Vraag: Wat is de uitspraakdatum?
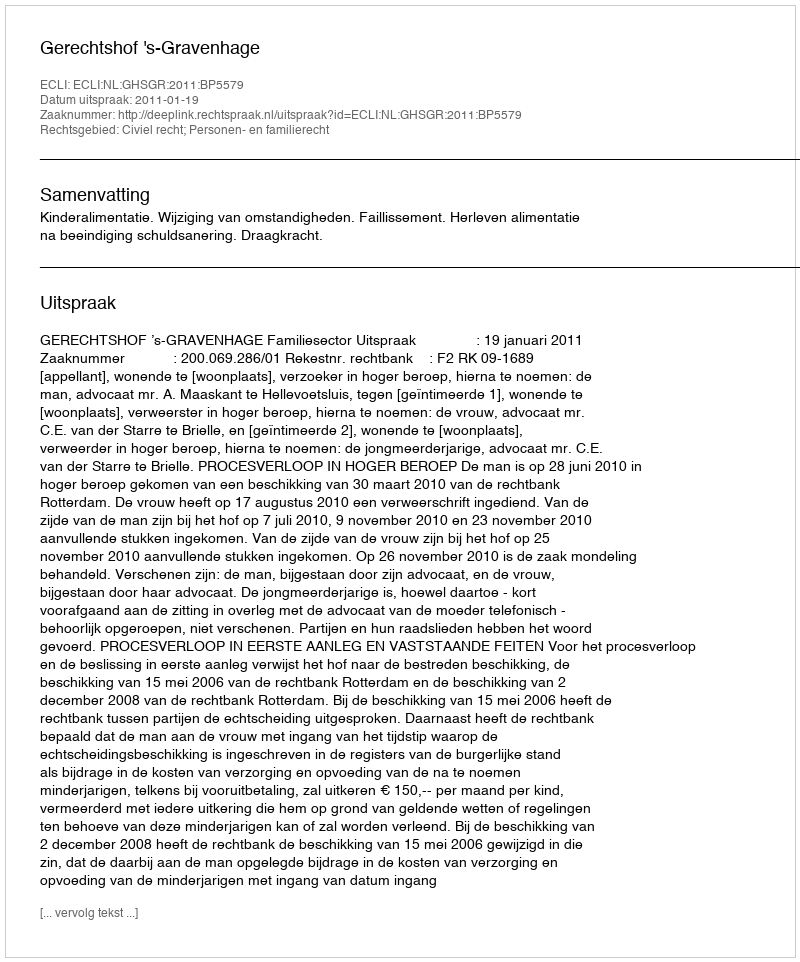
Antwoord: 2011-01-19